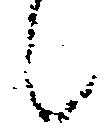
候